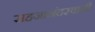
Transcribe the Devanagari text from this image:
सहजानंदस्वामी